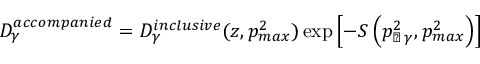
D _ { \gamma } ^ { a c c o m p a n i e d } = D _ { \gamma } ^ { i n c l u s i v e } ( z , p _ { m a x } ^ { 2 } ) \exp { \left[ - S \left( p _ { \perp \, \gamma } ^ { 2 } , p _ { m a x } ^ { 2 } \right) \right] }